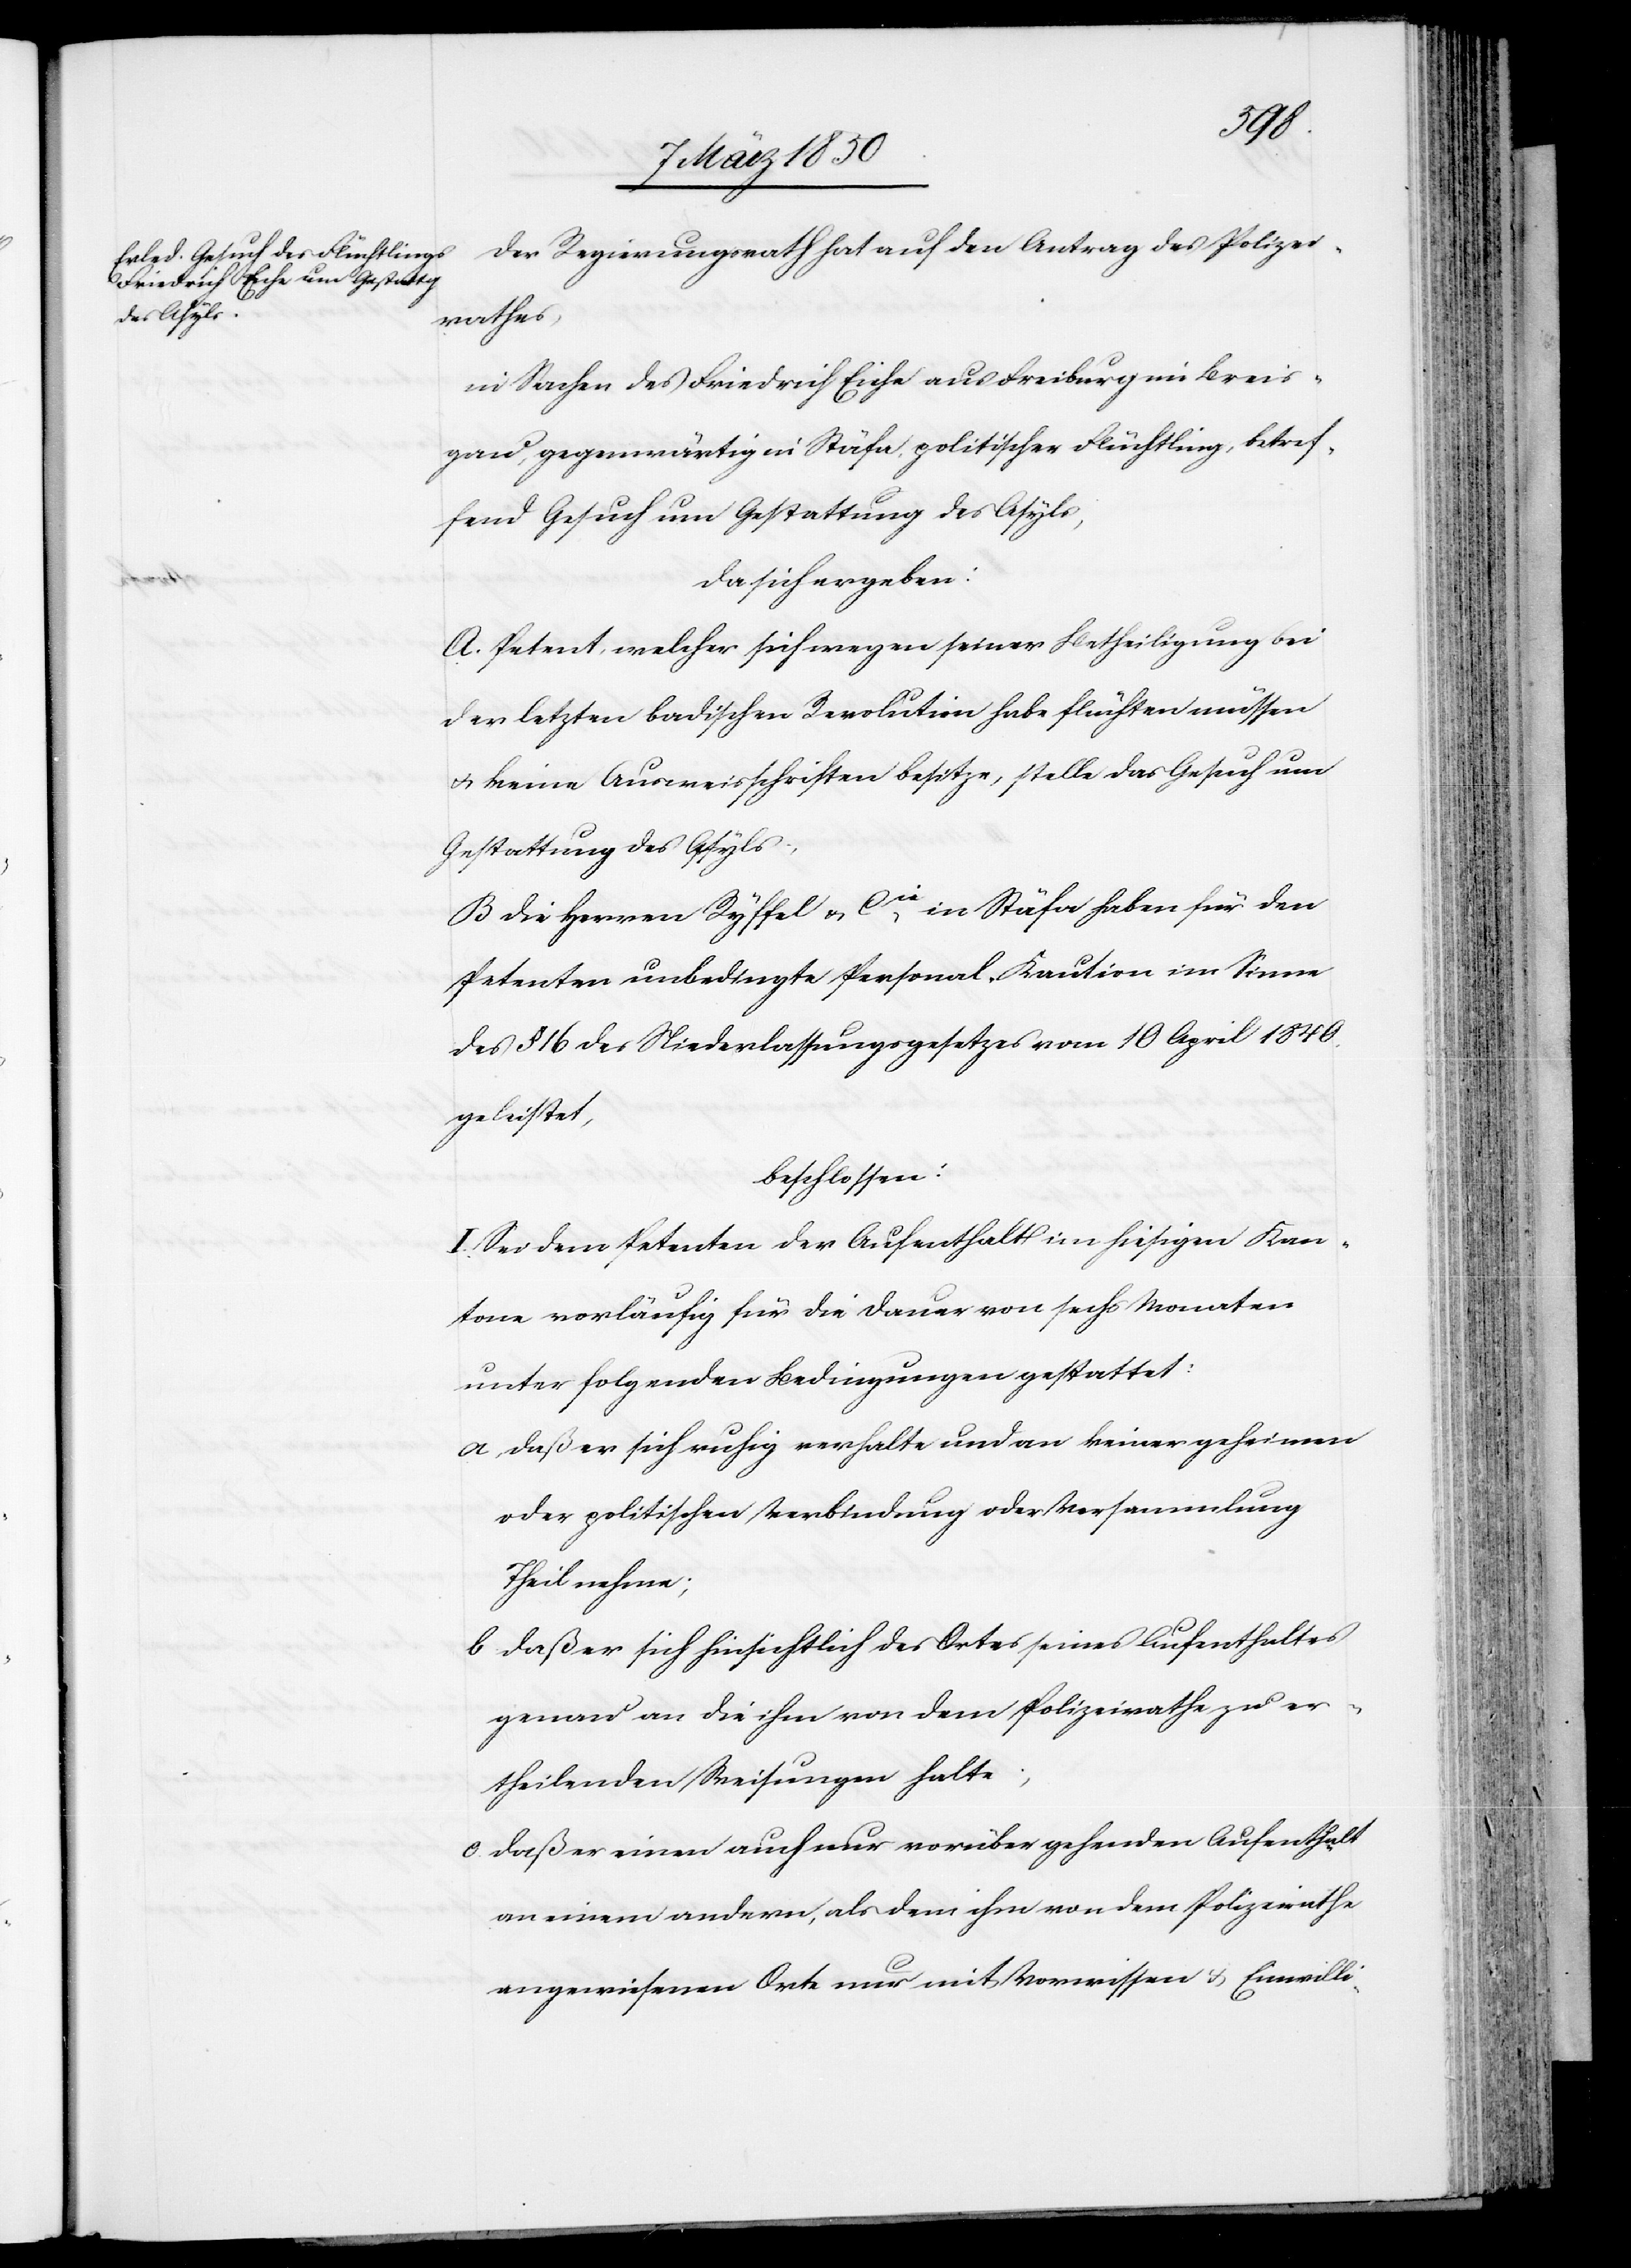
Der Regierungsrath hat auf den Antrag des Polizei¬
rathes,
in Sachen des Friedrich Eiche aus Freiburg im Breis¬
gau, gegenwärtig in Stäfa, politischer Flüchtling, betref¬
fend Gesuch um Gestattung des Asyls,
da sich ergeben:
A. Petent, welcher sich wegen seiner Betheiligung bei
der letzten badischen Revolution habe flüchten müssen
u. keine Ausweisschriften besitze, stelle das Gesuch um
Gestattung des Asyls;
B Die Herren Ryffel u. Cie in Stäfa haben für den
Petenten unbedingte Personal-Kaution im Sinne
des § 16 des Niederlassungsgesetzes vom 10 April 1840
geleistet,
beschlossen:
I. Sei dem Petenten der Aufenthalt im hiesigen Kan¬
tone vorläufig für die Dauer von sechs Monaten
unter folgenden Bedingungen gestattet:
a Daß er sich ruhig verhalte und an keiner geheimen
oder politischen Verbindung oder Versammlung
Theil nehme;
b Daß er sich hinsichtlich des Ortes seines Aufenthaltes
genau an die ihm von dem Polizeirathe zu er¬
theilenden Weisungen halte;
c. Daß er einen auch nur vorübergehenden Aufenthalt
an einem andern, als dem ihm von dem Polizeirathe
angewiesenen Orte nur mit Vorwissen u. Einwilli-